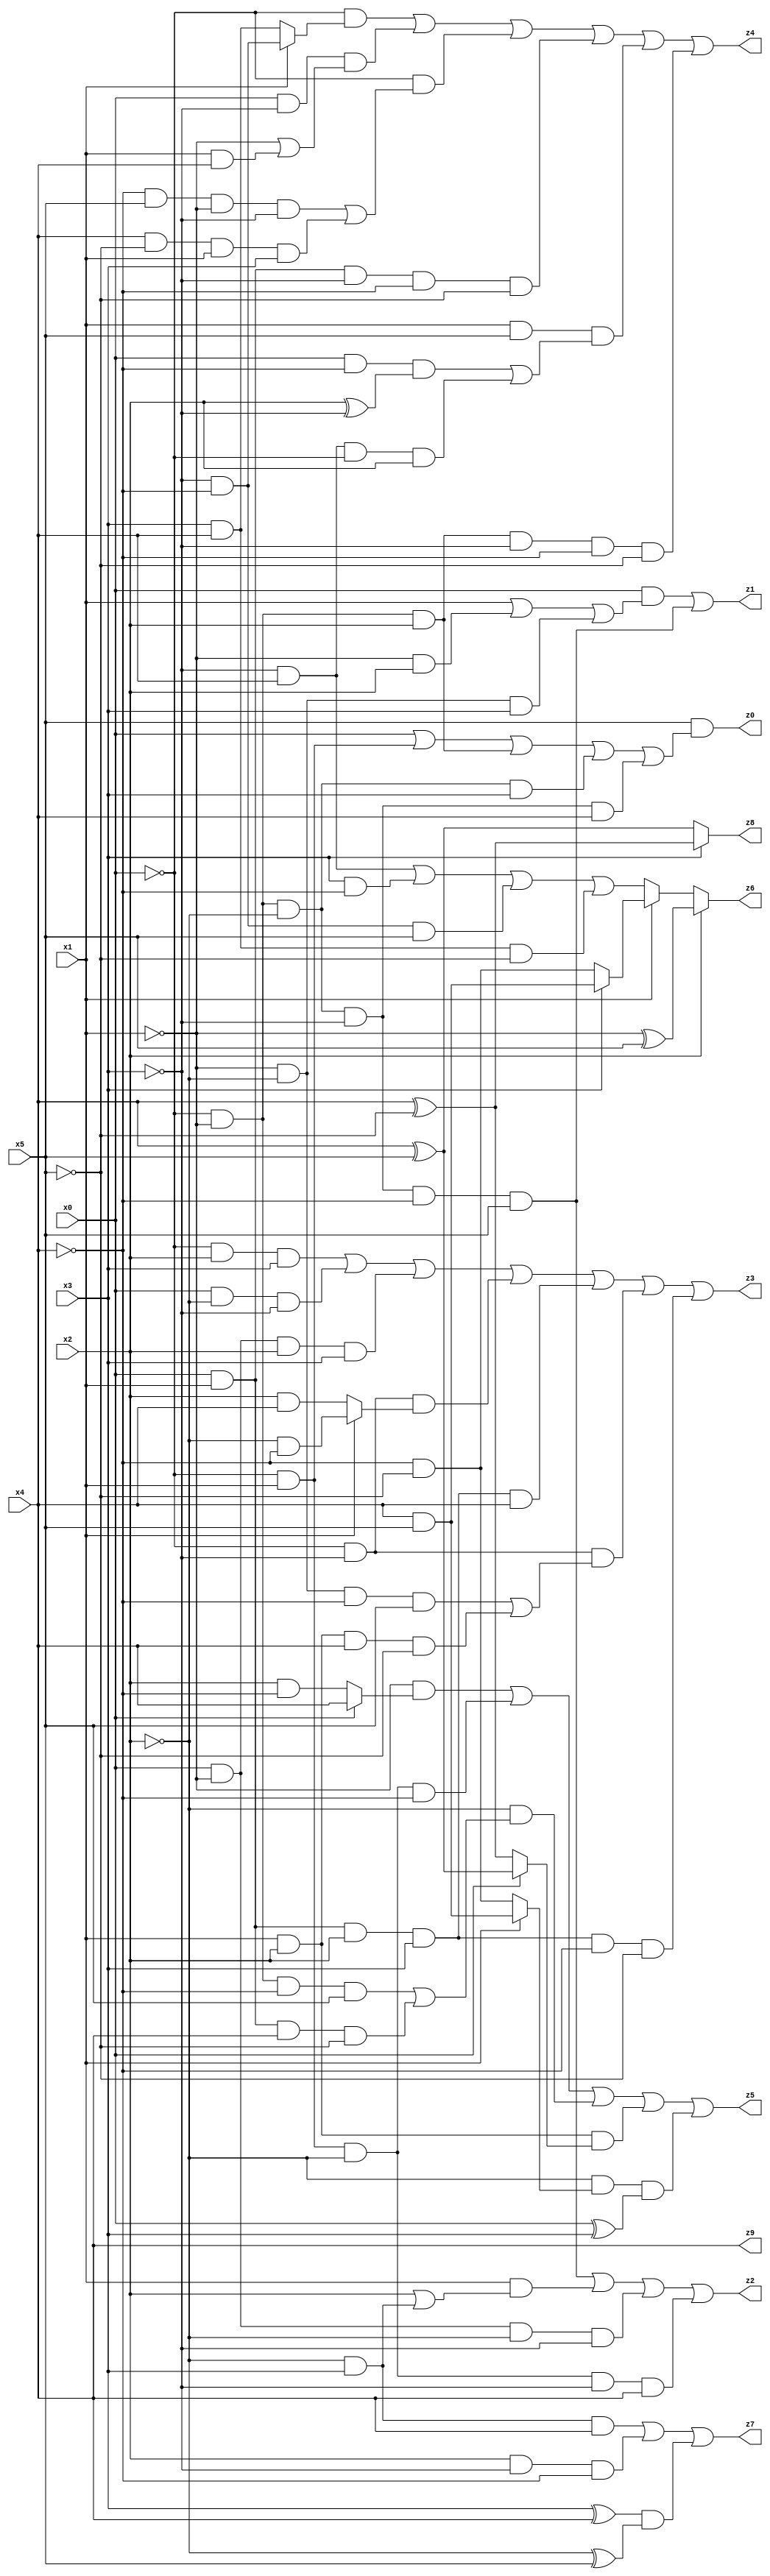
// Benchmark "X_26" written by ABC on Mon Jun 05 18:10:02 2023

module X_26 ( 
    x0, x1, x2, x3, x4, x5,
    z0, z1, z2, z3, z4, z5, z6, z7, z8, z9  );
  input  x0, x1, x2, x3, x4, x5;
  output z0, z1, z2, z3, z4, z5, z6, z7, z8, z9;
  assign z0 = x5 & (x0 | (~x0 & x1) | (~x0 & ~x1 & x2) | (~x0 & ~x1 & ~x2 & x3) | (~x0 & ~x1 & ~x2 & ~x3 & x4));
  assign z1 = (x0 & (x1 | (~x1 & x2) | (~x1 & ~x2 & x3))) | (~x0 & ~x1 & ~x2 & ~x3 & ~x4 & x5);
  assign z2 = (~x0 & ~x1 & ~x2 & ~x3 & ~x4 & x5) | (x1 & (x2 | (~x2 & x3))) | (x0 & ~x1 & ~x2 & ~x3) | (~x0 & x1 & ~x2 & ~x3 & x4);
  assign z3 = (~x0 & x2 & x3) | (x0 & ~x2 & ~x3) | (x0 & ~x1 & x2 & x3) | (~x0 & ~x3 & (x1 ? (~x2 & ~x4) : (x2 & x4))) | (x0 & x1 & x2 & x3 & x4) | (~x0 & ~x3 & ((~x1 & ~x2 & ~x4 & x5) | (x1 & x2 & x4 & ~x5))) | (x0 & x1 & x2 & x3 & ~x4 & ~x5);
  assign z4 = (~x0 & (x1 ? (~x3 & ~x4) : (x3 & x4))) | (x0 & ~x3 & (~x1 | (x1 & x4))) | (~x0 & ((~x4 & x5 & ~x1 & ~x3) | (x4 & ~x5 & x1 & x3))) | (x0 & x1 & ~x3 & ~x4 & ~x5) | (x1 & x5 & ((x0 & ~x4 & (x2 ^ ~x3)) | (~x3 & x4 & ~x0 & x2))) | (~x0 & ~x1 & x2 & ~x3 & ~x4 & ~x5);
  assign z5 = (~x1 & (x0 ? x4 : (x2 & ~x4))) | (~x0 & x1 & ~x2 & ~x4) | (~x2 & ((~x0 & ~x1 & ~x4 & x5) | (x0 & x1 & x4 & ~x5))) | (x1 & x2 & (x0 ? (x4 ^ x5) : (x4 ^ ~x5))) | (~x2 & (x1 ? (x4 & x5) : (~x4 & ~x5)) & (x0 ^ x3));
  assign z6 = x2 ? (~x1 ^ x5) : (x1 ? (x3 ? (x4 & x5) : (~x4 & ~x5)) : ((~x3 & x4) | (x3 & ~x4) | (~x3 & ~x4 & x5) | (x3 & x4 & ~x5)));
  assign z7 = (~x2 & x3 & x4) | (x2 & ~x3 & ~x4) | ((x3 ^ x4) & (~x2 ^ x5));
  assign z8 = x3 ? (x4 ^ ~x5) : (x4 ^ x5);
  assign z9 = x4;
endmodule